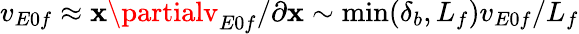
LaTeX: v_{E0f}\approx\mathbf{x}\partialv_{E0f}/\partial\mathbf{x}\sim\textrm{{min}}(\delta_{b},L_{f})v_{E0f}/L_{f}